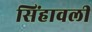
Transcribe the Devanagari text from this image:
सिंहावली